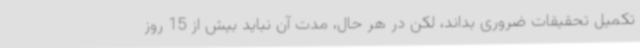
تکمیل تحقیقات ضروری بداند، لکن در هر حال، مدت آن نباید بیش از 15 روز